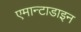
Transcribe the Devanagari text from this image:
एमान्टाडाइन